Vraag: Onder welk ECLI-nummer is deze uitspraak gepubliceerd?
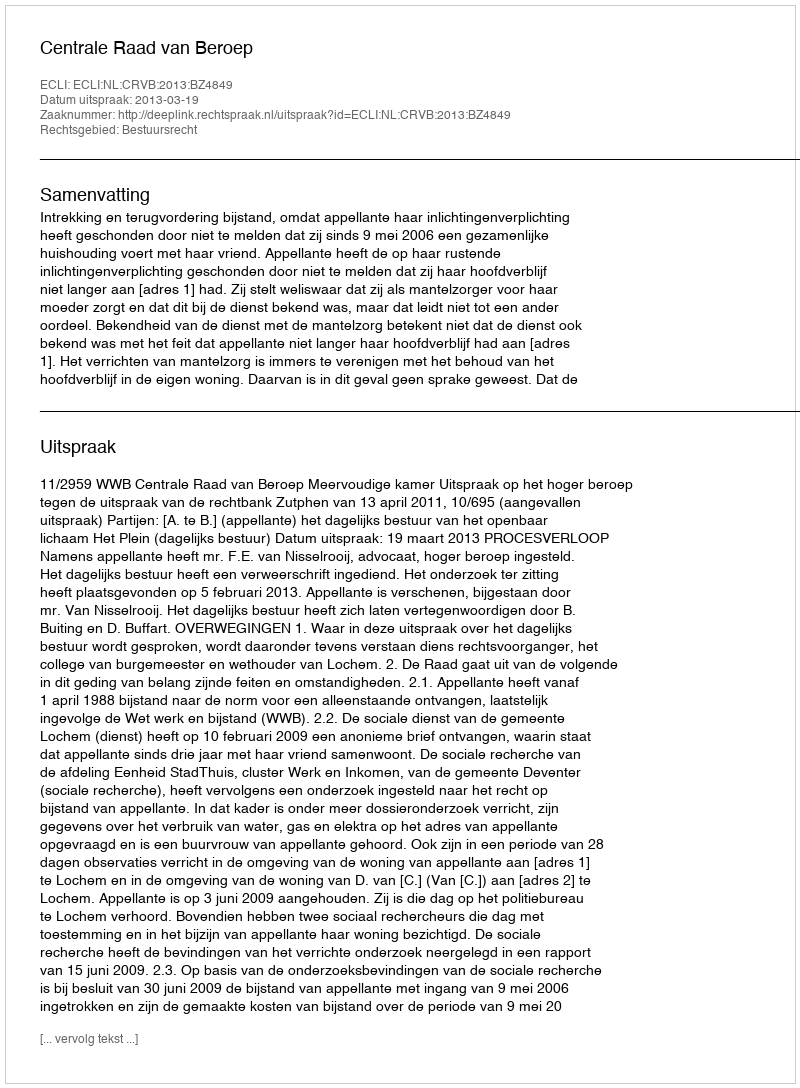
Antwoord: ECLI:NL:CRVB:2013:BZ4849